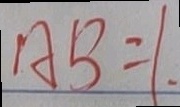
A B = 1 .